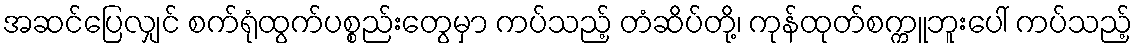
အဆင်ပြေလျှင် စက်ရုံထွက်ပစ္စည်းတွေမှာ ကပ်သည့် တံဆိပ်တို့၊ ကုန်ထုတ်စက္ကူဘူးပေါ် ကပ်သည့်